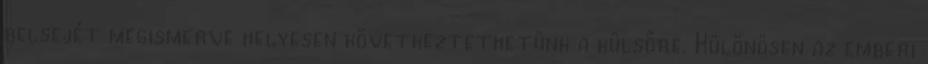
belsejét megismerve helyesen következtethetünk a külsőre. Különösen az emberi